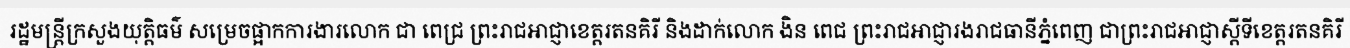
រដ្ឋមន្ត្រីក្រសួងយុត្តិធម៌ សម្រេចផ្អាកការងារលោក ជា ពេជ្រ ព្រះរាជអាជ្ញាខេត្តរតនគិរី និងដាក់លោក ងិន ពេជ ព្រះរាជអាជ្ញារងរាជធានីភ្នំពេញ ជាព្រះរាជអាជ្ញាស្តីទីខេត្តរតនគិរី